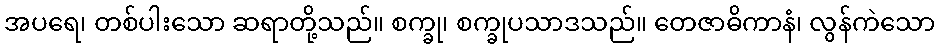
အပရေ၊ တစ်ပါးသော ဆရာတို့သည်။ စက္ခု၊ စက္ခုပသာဒသည်။ တေဇာဓိကာနံ၊ လွန်ကဲသော